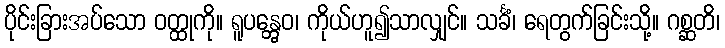
ပိုင်းခြားအပ်သော ဝတ္ထုကို။ ရူပန္တွေဝ၊ ကိုယ်ဟူ၍သာလျှင်။ သင်္ခံ၊ ရေတွက်ခြင်းသို့။ ဂစ္ဆတိ၊